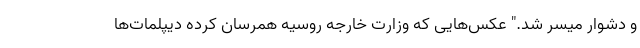
و دشوار میسر شد." عکس‌هایی که وزارت خارجه روسیه همرسان کرده دیپلمات‌ها